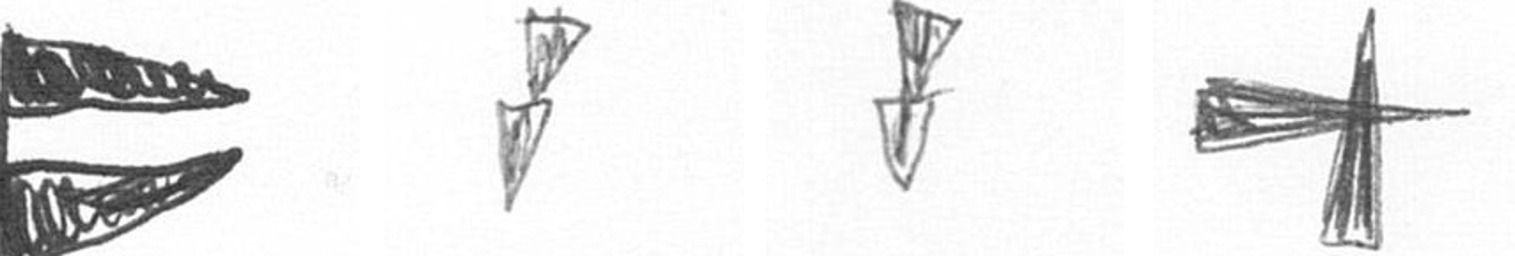
P Z Z G